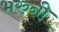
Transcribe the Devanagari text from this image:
भरुनी